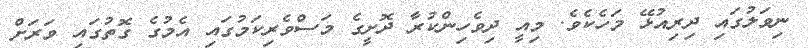
ނިވަލުގައި ދިރިއުޅޭ މަހެކެވެ. މިއީ ދިވެހިންކުރާ ދޮށީގެ މަސްވެރިކަމުގައި އެމުގެ ގޮތުގައި ވަރަށް